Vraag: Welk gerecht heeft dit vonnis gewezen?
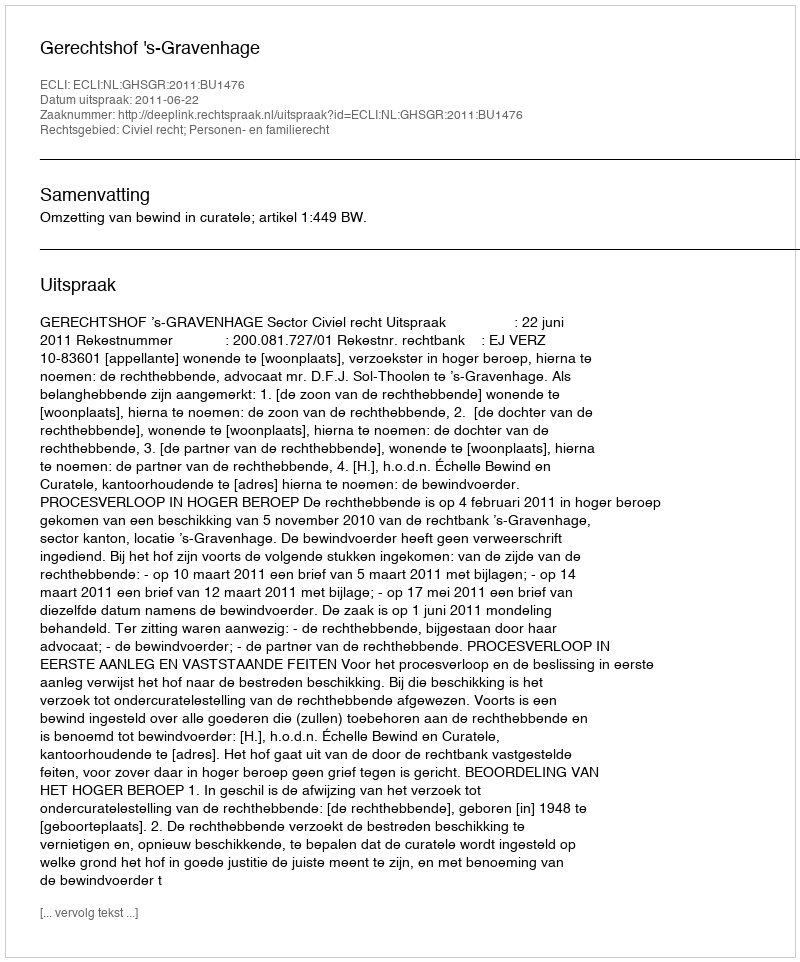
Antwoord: Gerechtshof 's-Gravenhage